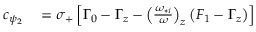
\begin{array} { r l } { c _ { \psi _ { 2 } } } & { { } = \sigma _ { + } \left[ \Gamma _ { 0 } - \Gamma _ { z } - \left( \frac { \omega _ { * i } } { \omega } \right) _ { z } \left( F _ { 1 } - \Gamma _ { z } \right) \right] } \end{array}